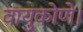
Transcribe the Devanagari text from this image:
वायुकोणे।